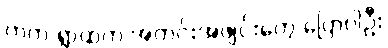
ကဲကဲ ရွာထဲက အတင်းအဖျင်းတွေ ပြောပါဦး